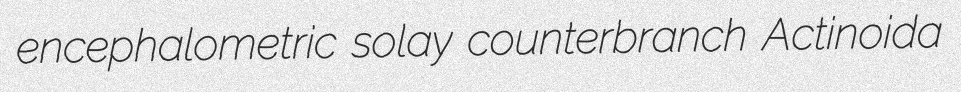
encephalometric solay counterbranch Actinoida